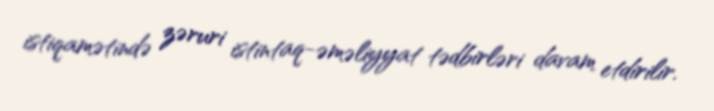
istiqamətində zəruri istintaq-əməliyyat tədbirləri davam etdirilir.